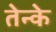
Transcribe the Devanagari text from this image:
तेन्के